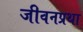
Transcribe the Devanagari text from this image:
जीवनप्रथा